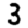
Digit: 3